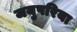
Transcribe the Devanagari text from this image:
जयुपरिया